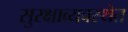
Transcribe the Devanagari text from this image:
सुरक्षाव्यवस्थेत